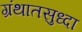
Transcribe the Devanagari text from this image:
ग्रंथातसुध्दा